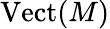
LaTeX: {\mathrm{Vect}}(M)